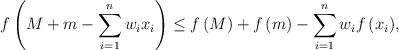
LaTeX: \begin{align*}f\left( M+m-\sum\limits_{i=1}^{n}{{{w}_{i}}{{x}_{i}}} \right)\le f\left( M \right)+f\left( m \right)-\sum\limits_{i=1}^{n}{{{w}_{i}}f\left( {{x}_{i}} \right)},\end{align*}